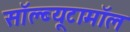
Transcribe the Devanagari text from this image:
सॉल्ब्यूटामॉल